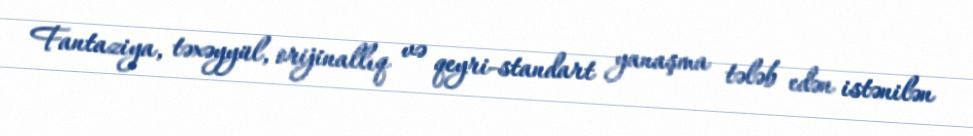
Fantaziya, təxəyyül, orijinallıq və qeyri-standart yanaşma tələb edən istənilən